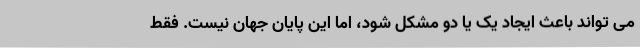
می تواند باعث ایجاد یک یا دو مشکل شود، اما این پایان جهان نیست. فقط